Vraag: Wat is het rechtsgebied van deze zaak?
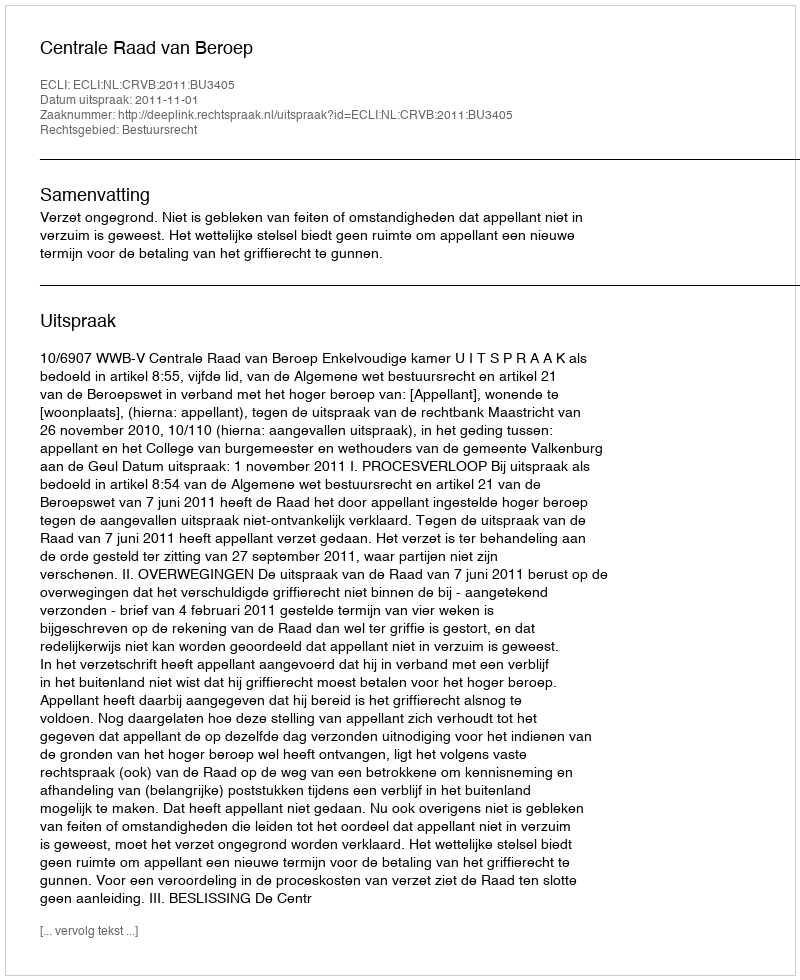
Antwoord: Bestuursrecht